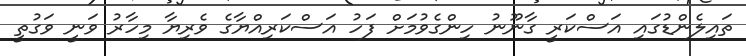
ތައިލެންޑުގައި އަސްކަރީ ގާނޫނު ހިންގެވުމަށް ފަހު އަސްކަރިއްޔާގެ ވެރިޔާ މިހާރު ވަނީ ވަގުތީ